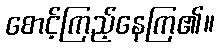
စောင့်ကြည့်နေကြ၏။